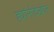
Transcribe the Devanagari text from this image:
ह्यांनीदेखील